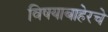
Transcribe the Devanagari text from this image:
विषयाबाहेरचे